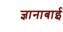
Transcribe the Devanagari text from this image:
ज्ञानाबाई